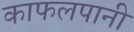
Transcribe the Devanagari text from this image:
काफलपानी